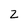
Character: Z